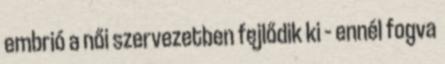
embrió a női szervezetben fejlődik ki – ennél fogva